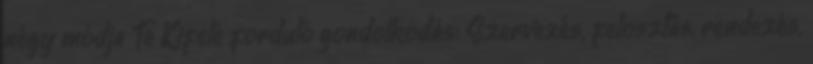
négy módja Te Kifelé forduló gondolkodás: Szervezés, felosztás, rendezés,